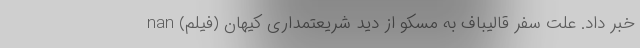
خبر داد. علت سفر قالیباف به مسکو از دید شریعتمداری کیهان (فیلم) nan